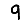
Digit: 9